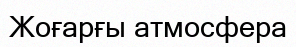
Жоғарғы атмосфера